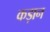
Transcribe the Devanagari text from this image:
कड़ान